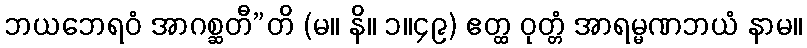
ဘယဘေရဝံ အာဂစ္ဆတီ”တိ (မ။ နိ။ ၁။၄၉) ဧတ္ထ ဝုတ္တံ အာရမ္မဏဘယံ နာမ။